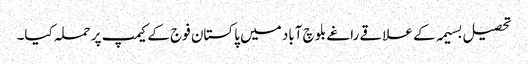
تحصیل بسیمہ کے علاقے راغے بلوچ آباد میں پاکستان فوج کے کیمپ پر حملہ کیا۔